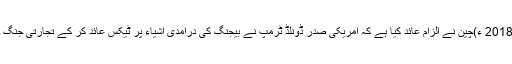
پیر 18 جون 2018 ء)چین نے الزام عائد کیا ہے کہ امریکی صدر ڈونلڈ ٹرمپ نے بیجنگ کی درآمدی اشیاء پر ٹیکس عائد کر کے تجارتی جنگ چھیڑ دی ہے۔